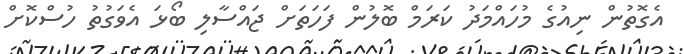
އެގޮތުން ނިއުގެ މުހައްމަދު ކަރަމް ބޮލުން ފަހަތަށް ޖައްސާލި ބޯޅަ އެވަގުތު ހުސްކޮށް